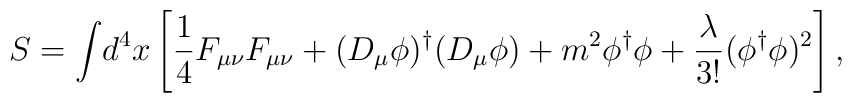
S={\int}d^{4}x\left[\frac{1}{4}F_{\mu\nu}F_{\mu\nu}+(D_{\mu}\phi)^{\dag}(D_{\mu}\phi)+m^{2}\phi^{\dag}\phi +\frac{\lambda}{3!}(\phi^{\dag}\phi)^{2}\right],